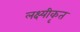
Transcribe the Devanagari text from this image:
लक्ष्यीकृत